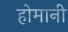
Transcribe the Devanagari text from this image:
होमानी